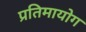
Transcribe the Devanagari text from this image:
प्रतिमायोग